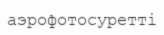
аэрофотосуретті